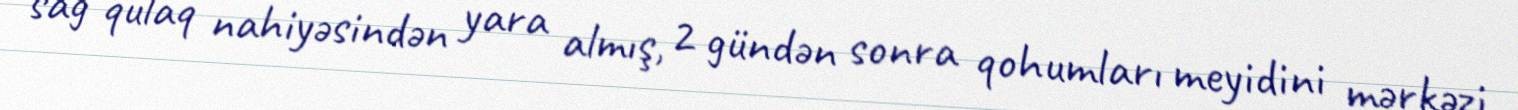
sağ qulaq nahiyəsindən yara almış, 2 gündən sonra qohumları meyidini mərkəzi